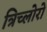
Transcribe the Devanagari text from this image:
त्रिच्लोरो